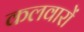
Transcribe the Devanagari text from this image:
कलवारों